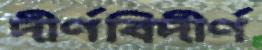
দীর্ণবিদীর্ণ